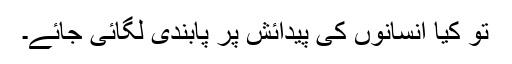
تو کیا انسانوں کی پیدائش پر پابندی لگائی جائے۔